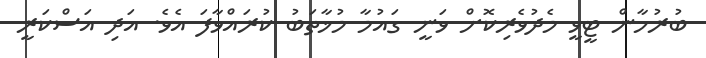
ބުރުހާން ޓީވީ މެދުވެރިކޮށް ވަނީ ގައުމާ މުޚާތަބު ކުރައްވާފަ އެވެ. އަދި އަސްކަރީ